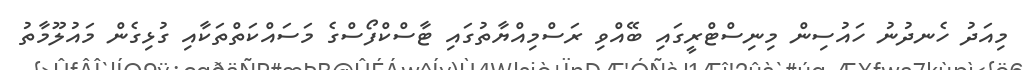
މިއަދު ހެނދުނު ހައުސިން މިނިސްޓްރީގައި ބޭއްވި ރަސްމިއްޔާތުގައި ޓާސްކްފޯސްގެ މަސައްކަތްތަކާއި ގުޅިގެން މައުލޫމާތު